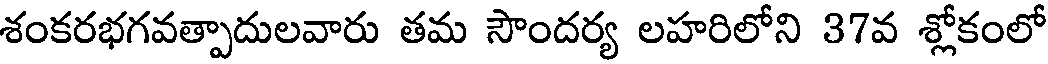
శంకరభగవత్పాదులవారు తమ సౌందర్య లహరిలోని 37వ శ్లోకంలో